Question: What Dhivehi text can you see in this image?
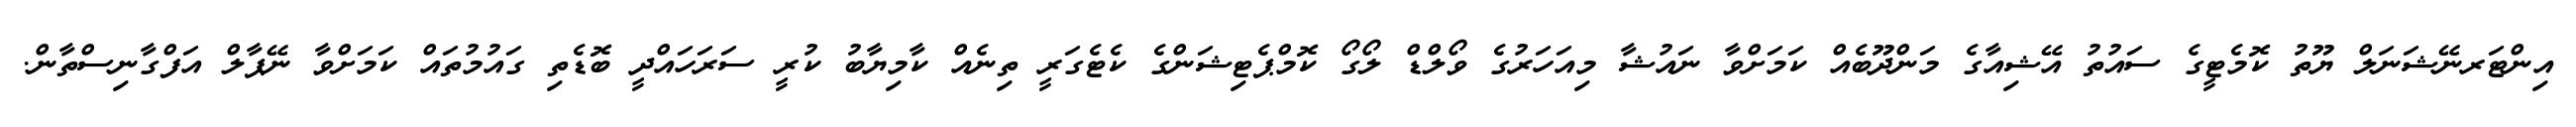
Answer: އިންޓަރނޭޝަނަލް ޔޫތު ކޮމެޓީގެ ސައުތު އޭޝިއާގެ މަންދޫބެއް ކަމަށްވާ ނައުޝާ މިއަހަރުގެ ވޯލްޑް ލޯގޯ ކޮމްޕެޓިޝަންގެ ކެޓެގަރީ ތިނެއް ކާމިޔާބު ކުރީ ސަރަހައްދީ ބޮޑެތި ގައުމުތައް ކަމަށްވާ ނޭޕާލް އަފްގާނިސްތާން.